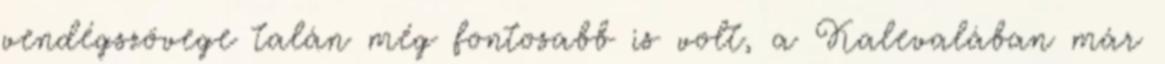
vendégszövege talán még fontosabb is volt, a Kalevalában már